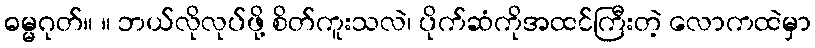
ဓမ္မဂုတ်။ ။ ဘယ်လိုလုပ်ဖို့ စိတ်ကူးသလဲ၊ ပိုက်ဆံကိုအထင်ကြီးတဲ့ လောကထဲမှာ